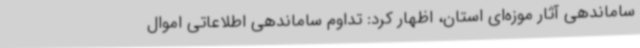
ساماندهی آثار موزه‌ای استان، اظهار کرد: تداوم ساماندهی اطلاعاتی اموال